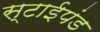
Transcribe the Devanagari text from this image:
स्टाईपंड